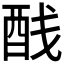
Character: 𬪨